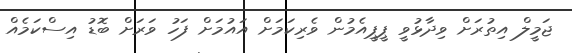
ޖަމީލް އިތުރަށް ވިދާޅުވީ ޕީޕީއެމުން ވެރިކަމަށް އައުމަށް ފަހު ވަރަށް ބޮޑު އިސްކަމެއް